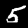
Digit: 5